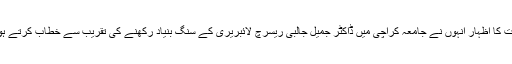
ان خیالات کا اظہار انہوں نے جامعہ کراچی میں ڈاکٹر جمیل جالبی ریسرچ لائبریری کے سنگ بنیاد رکھنے کی تقریب سے خطاب کرتے ہوئے کیا۔